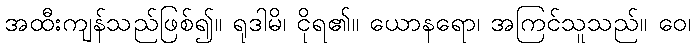
အထီးကျန်သည်ဖြစ်၍။ ရုဒါမိ၊ ငိုရ၏။ ယောနရော၊ အကြင်သူသည်။ ဝေ၊